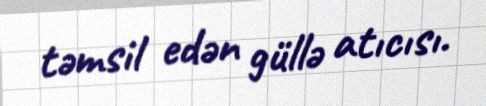
təmsil edən güllə atıcısı.